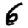
Digit: 6